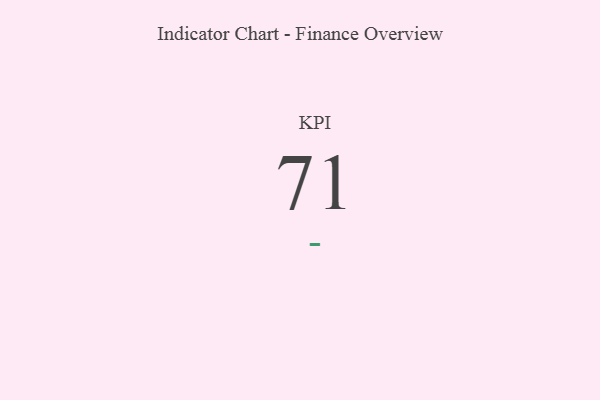
{"axis": {"x": "KPI", "y": "Value"}, "legend": [""], "data": [{"x": "KPI", "y": 71, "type": ""}]}